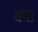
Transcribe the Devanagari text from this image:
बपा